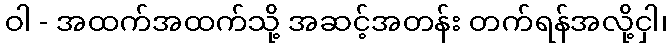
ဝါ - အထက်အထက်သို့ အဆင့်အတန်း တက်ရန်အလို့ငှါ၊